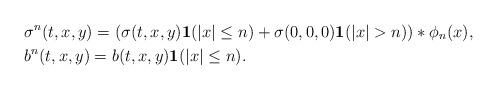
LaTeX: \begin{align*}& \displaystyle \sigma^n(t,x,y) = (\sigma(t,x,y) \mathbf{1}(|x|\le n)+ \sigma(0,0,0) \mathbf{1}(|x| > n))*\phi_n(x),\\& \displaystyle b^n(t,x,y) = b(t,x,y) \mathbf{1}(|x|\le n).\end{align*}